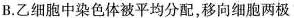
B.乙细胞中染色体被平均分配，移向细胞两极